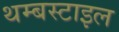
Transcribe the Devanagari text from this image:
थम्बस्टाइल